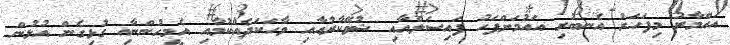
އައްމާރު މިފަހަރު އެނބުރި އައުމަށްފަހު ފައިސަލްއާއި ޝުވޭކާރުއާއި ވާހަކަދެއްކުމާއި އެމީހުންނާއި ގުޅިގެން އުޅުން